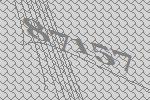
87157